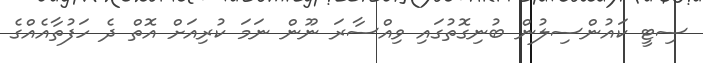
ސިޓީ ކައުންސިލުން ބުނިގޮތުގައި ވިއްސާރަ ނޫން ނަމަ ކުރިއަށް އޮތް ދެ ހަފުތާއެއްގެ